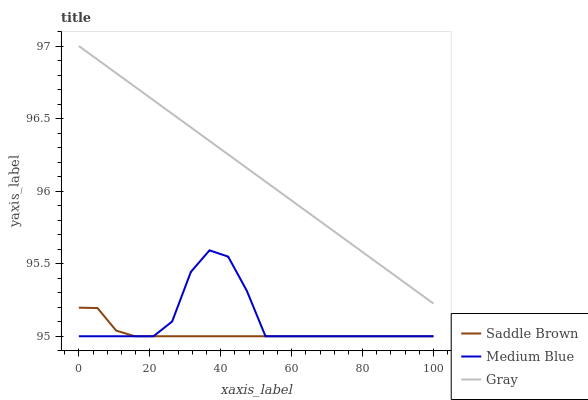
| xaxis_label | Saddle Brown | Medium Blue | Gray |
 | --- | --- | --- | --- |
 | 0 | 95.2 | 95 | 97 |
 | 5.26 | 95.2 | 95 | 96.9 |
 | 10.5 | 95 | 95 | 96.8 |
 | 15.8 | 95 | 95 | 96.7 |
 | 21.1 | 95 | 95 | 96.6 |
 | 26.3 | 95 | 95.1 | 96.5 |
 | 31.6 | 95 | 95.4 | 96.4 |
 | 36.8 | 95 | 95.6 | 96.3 |
 | 42.1 | 95 | 95.5 | 96.3 |
 | 47.4 | 95 | 95.3 | 96.2 |
 | 52.6 | 95 | 95 | 96.1 |
 | 57.9 | 95 | 95 | 96 |
 | 63.2 | 95 | 95 | 95.9 |
 | 68.4 | 95 | 95 | 95.8 |
 | 73.7 | 95 | 95 | 95.7 |
 | 78.9 | 95 | 95 | 95.6 |
 | 84.2 | 95 | 95 | 95.5 |
 | 89.5 | 95 | 95 | 95.4 |
 | 94.7 | 95 | 95 | 95.3 |
 | 100 | 95 | 95 | 95.2 |